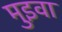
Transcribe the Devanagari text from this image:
मुइवा